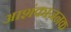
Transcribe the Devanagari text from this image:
आशंकाजनक